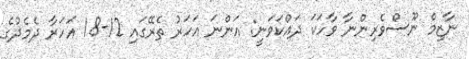
ނާޒިމް ނޫސްވެރިންނާ ވާހަކަ ދައްކަވަނީ: އަންނަ އަހަރު ތެރޭގައި 12-18 އަހަރާ ދެމެދުގެ